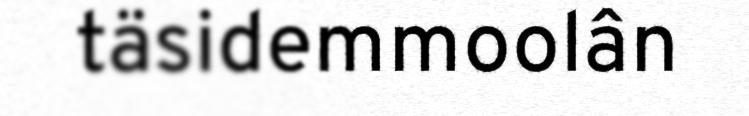
täsidemmoolân